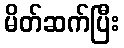
မိတ်ဆက်ပြီး